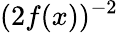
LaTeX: (2f(x))^{-2}